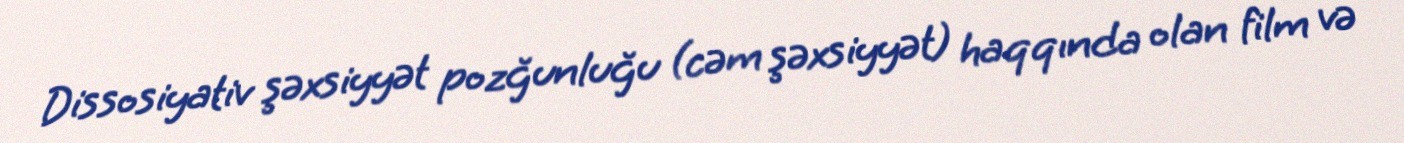
Dissosiyativ şəxsiyyət pozğunluğu (cəm şəxsiyyət) haqqında olan film və